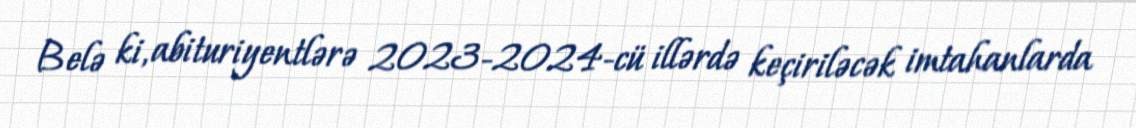
Belə ki, abituriyentlərə 2023-2024-cü illərdə keçiriləcək imtahanlarda